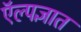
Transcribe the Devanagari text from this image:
ऍल्पज्ञात